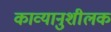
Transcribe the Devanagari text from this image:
काव्यानुशीलक